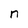
Character: n